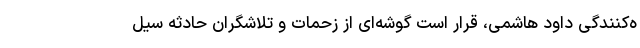
ه‌کنندگی داود هاشمی، قرار است گوشه‌ای از زحمات و تلاشگران حادثه سیل